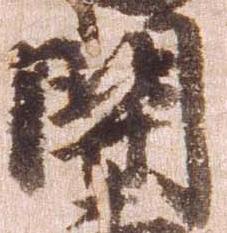
関